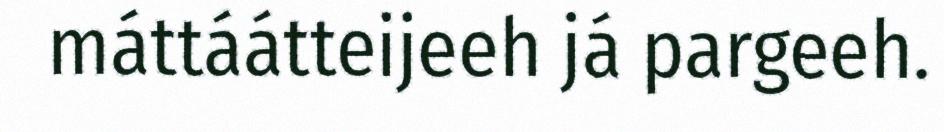
máttáátteijeeh já pargeeh.